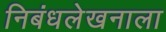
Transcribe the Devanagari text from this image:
निबंधलेखनाला